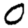
Digit: 0